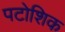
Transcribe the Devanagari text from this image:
पटोशिक